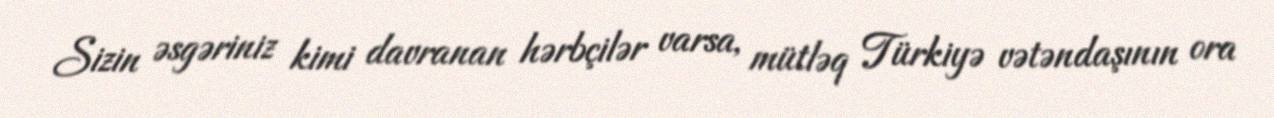
Sizin əsgəriniz kimi davranan hərbçilər varsa, mütləq Türkiyə vətəndaşının ora